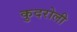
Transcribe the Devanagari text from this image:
कुदरोली